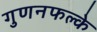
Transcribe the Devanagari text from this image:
गुणनफल्के